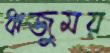
ঋজুময়